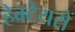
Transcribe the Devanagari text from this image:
हेक्टेयरों